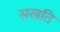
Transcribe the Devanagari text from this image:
सखति